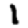
Digit: 1